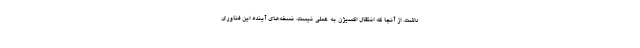
داشت. از آنجا که انتقال اکسیژن به عملی نیست، نسخه‌های آینده این فناوری